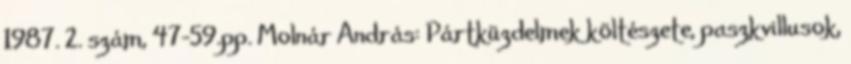
1987. 2. szám, 47-59.pp. Molnár András: Pártküzdelmek költészete, paszkvillusok,